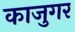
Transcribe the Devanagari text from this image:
काजुगर